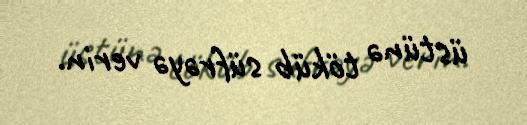
üstünə töküb süfrəyə verin.